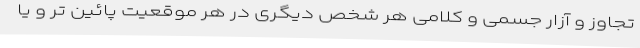
تجاوز و آزار جسمی و کلامی هر شخص دیگری در هر موقعیت پائین تر و یا